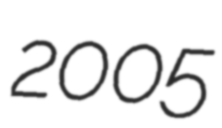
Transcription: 2005